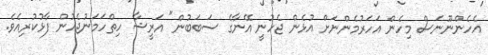
އެހެންނޫނަސް މިހެން އަހަރުމެންނަށް އުޅެން ޖެހުނީ އޭނާގެ ސަބަބުން" އަރީޝާ ހިތްހަމަނުޖެހުން ފާޅުކުރިއެވެ.